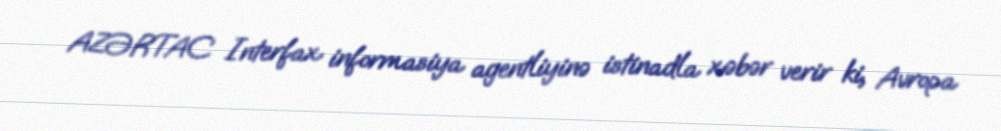
AZƏRTAC Interfax informasiya agentliyinə istinadla xəbər verir ki, Avropa